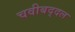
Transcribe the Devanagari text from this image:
चवीबद्दल